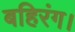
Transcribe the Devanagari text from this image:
बहिरंग।